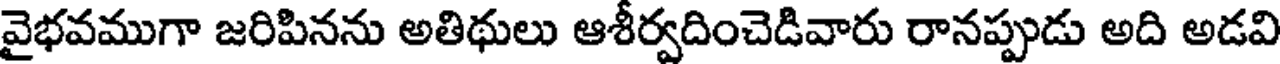
వైభవముగా జరిపినను అతిథులు ఆశీర్వదించెడివారు రానప్పుడు అది అడవి